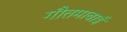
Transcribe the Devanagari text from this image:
गौतमाबाई